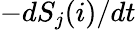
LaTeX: -dS_{j}(i)/dt